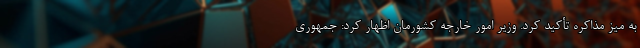
به میز مذاکره تأکید کرد. وزیر امور خارجه کشورمان اظهار کرد: جمهوری